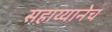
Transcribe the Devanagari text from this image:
सहाय्यानेच